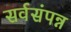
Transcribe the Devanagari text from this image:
सर्वसंपन्न